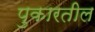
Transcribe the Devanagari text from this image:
पुकारतील